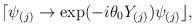
LaTeX: \begin{align*}\lceil \psi _{(j)}\rightarrow \exp (-i\theta _{0}Y_{(j)})\psi _{(j)}\rfloor ,\end{align*}